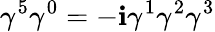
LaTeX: \gamma^{5}\gamma^{0}=-\mathbf{i}\gamma^{1}\gamma^{2}\gamma^{3}